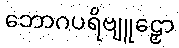
ဘောဂပရိဗျူဠှော